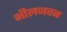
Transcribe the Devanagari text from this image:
भीलजवळ